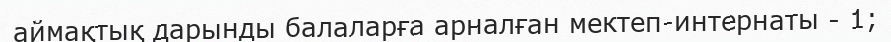
аймақтық дарынды балаларға арналған мектеп-интернаты - 1;